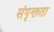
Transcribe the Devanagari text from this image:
संपृक्तता